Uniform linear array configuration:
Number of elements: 16
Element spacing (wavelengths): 0.75
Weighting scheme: blackman
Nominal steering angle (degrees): -30
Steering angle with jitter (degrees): -31.48
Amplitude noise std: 0.05
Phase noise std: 0.05

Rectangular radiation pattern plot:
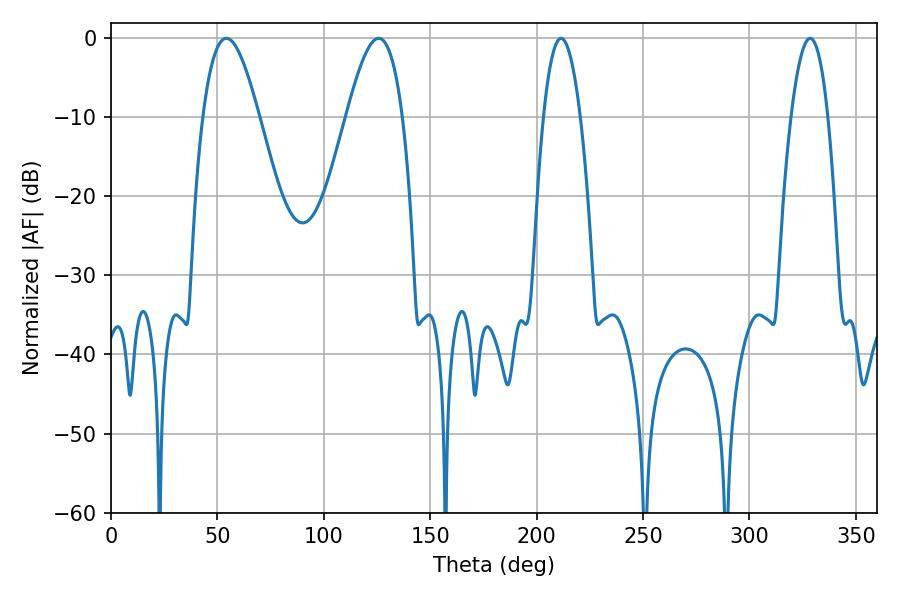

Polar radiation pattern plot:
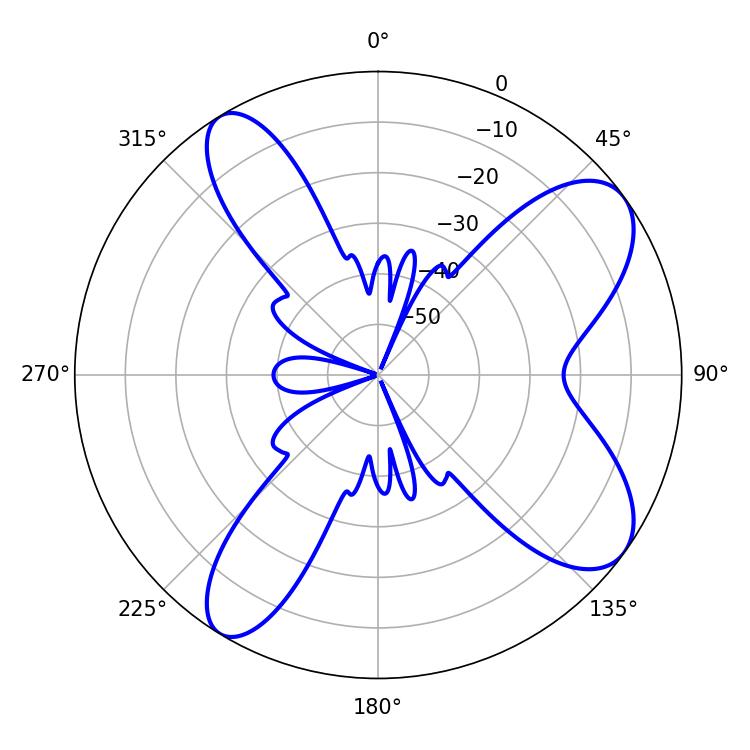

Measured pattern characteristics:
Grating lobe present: TRUE
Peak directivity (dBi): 8.86
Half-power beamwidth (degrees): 14.22
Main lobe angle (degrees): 54.18